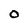
Character: O